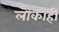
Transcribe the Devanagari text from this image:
लौकाही